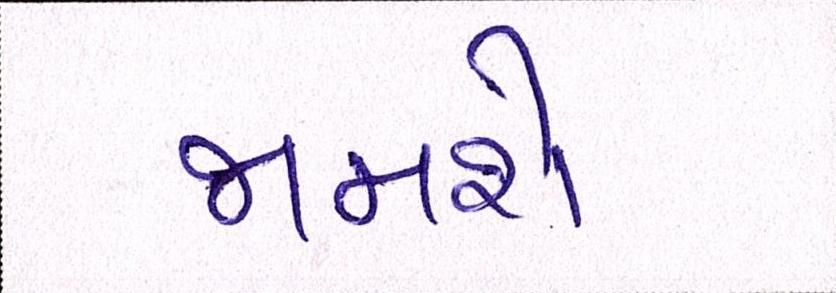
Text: જામશે